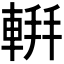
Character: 𫏹